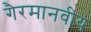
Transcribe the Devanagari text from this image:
गैरमानवीय